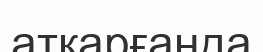
атқарғанда